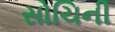
સોચિની